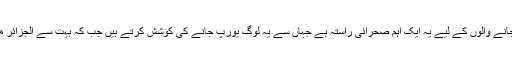
غیر قانونی طور پر شمالی افریقہ جانے والوں کے لیے یہ ایک اہم صحرائی راستہ ہے جہاں سے یہ لوگ یورپ جانے کی کوشش کرتے ہیں جب کہ بہت سے الجزائر میں رہ کر ہی کام تلاش کرتے ہیں۔